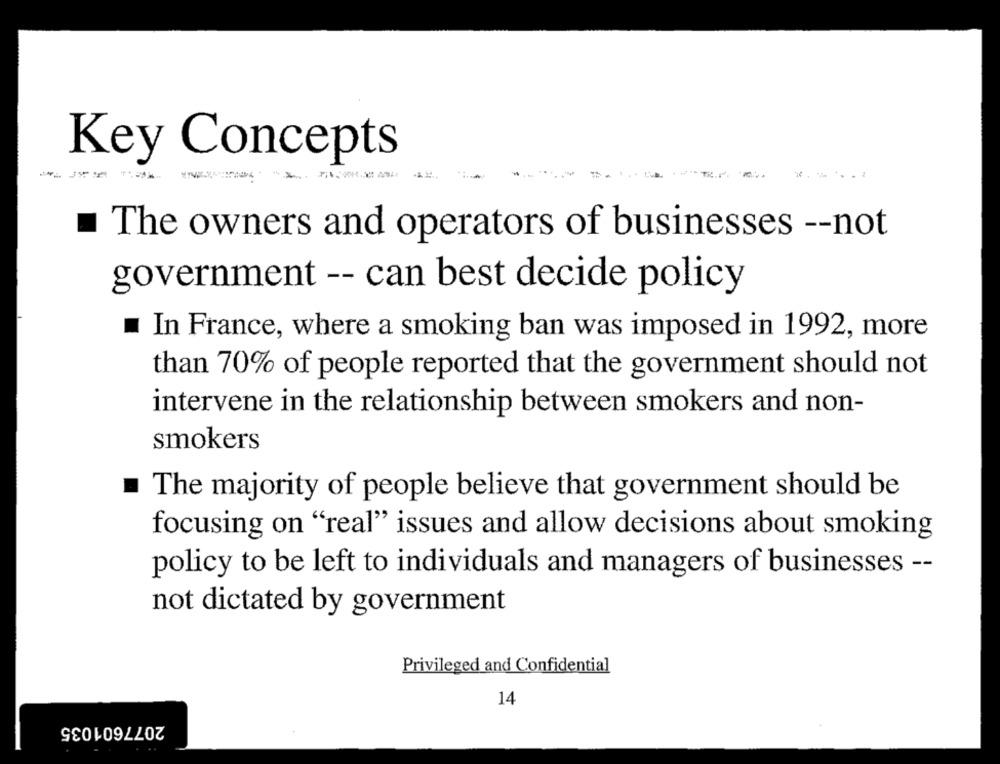
Key Concepts
. 1
The owners and operators of businesses -- not
government -- can best decide policy
In France, where a smoking ban was imposed in 1992, more
than 70% of people reported that the government should not
intervene in the relationship between smokers and non-
smokers
.
The majority of people believe that government should be
focusing on "real" issues and allow decisions about smoking
policy to be left to individuals and managers of businesses --
not dictated by government
Privileged and Confidential
14
2077601035